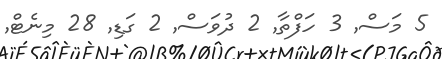
5 މަސް